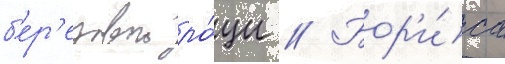
б'ер'езовои ро́щи // Бор'и́са